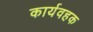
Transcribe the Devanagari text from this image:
कार्यवहक